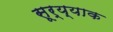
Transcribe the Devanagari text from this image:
सूर्य्याक